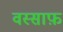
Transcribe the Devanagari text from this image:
वस्साफ़